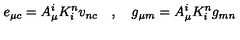
e _ { \mu c } = A _ { \mu } ^ { i } K _ { i } ^ { n } v _ { n c } \quad , \quad g _ { \mu m } = A _ { \mu } ^ { i } K _ { i } ^ { n } g _ { m n }